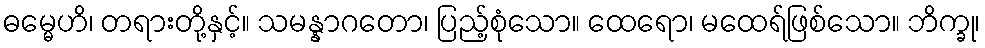
ဓမ္မေဟိ၊ တရားတို့နှင့်။ သမန္နာဂတော၊ ပြည့်စုံသော။ ထေရော၊ မထေရ်ဖြစ်သော။ ဘိက္ခု၊